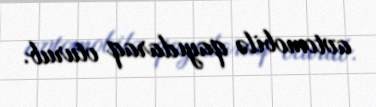
avtomobilə qayıdaraq oturub.